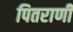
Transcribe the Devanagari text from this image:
पितराणी